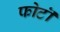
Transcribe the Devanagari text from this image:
फोटॊ